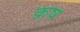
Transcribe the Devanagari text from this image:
क्रष